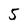
Character: 5